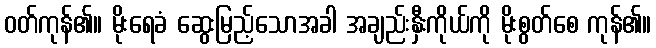
ဝတ်ကုန်၏။ မိုးရေခံ ဆွေးမြည့်သောအခါ အချည်းနှီးကိုယ်ကို မိုးစွတ်စေ ကုန်၏။